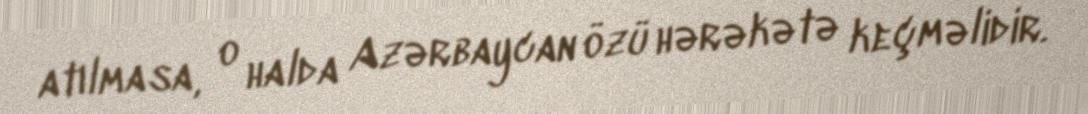
atılmasa, o halda Azərbaycan özü hərəkətə keçməlidir.